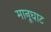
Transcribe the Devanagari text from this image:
मानूघाट